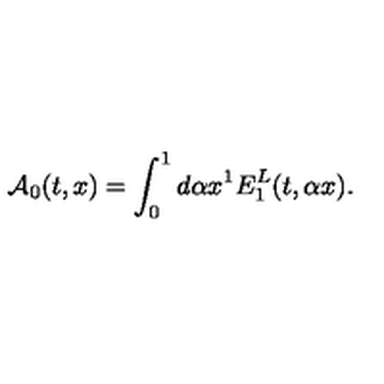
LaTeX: { \cal A } _ { 0 } ( t , x ) = \int _ { 0 } ^ { 1 } { d \alpha } x ^ { 1 } E _ { 1 } ^ { L } ( t , \alpha x ) .